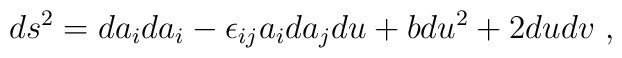
ds^2 = da_i da_i  - \epsilon_{ij} a_i da_j du + b du^2+ 2du dv ~,